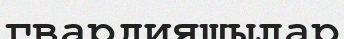
гвардияшылар